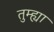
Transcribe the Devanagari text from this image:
तुम्ह्या